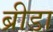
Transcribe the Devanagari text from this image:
ब्रीडा